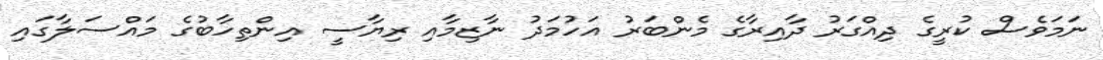
ނަމަވެސް ކުރީގެ ދިއްގަރު ދާއިރާގެ މެންބަރު އަހުމަދު ނާޒިމާއި ރިޔާސީ އިންތިހާބުގެ މައްސަލާގައި